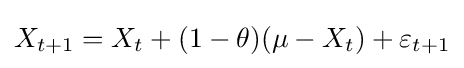
X_{t+1}=X_{t}+(1-\theta )(\mu -X_{t})+\varepsilon _{t+1}